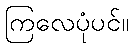
ကြလေပုံပင်။